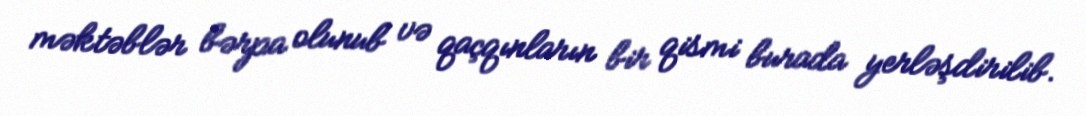
məktəblər bərpa olunub və qaçqınların bir qismi burada yerləşdirilib.